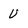
Character: U